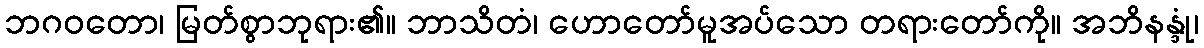
ဘဂဝတော၊ မြတ်စွာဘုရား၏။ ဘာသိတံ၊ ဟောတော်မူအပ်သော တရားတော်ကို။ အဘိနန္ဒုံ၊